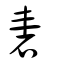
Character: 砉